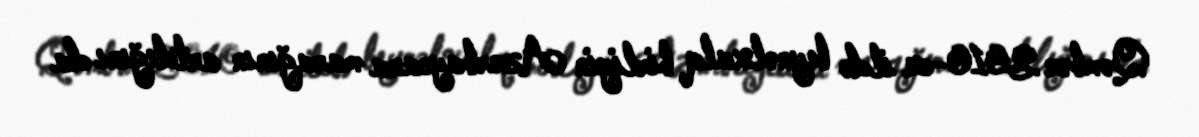
Qəmbər 2010-cu ildə beynəlxalq birliyin Azərbaycana marağının artdığını da